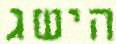
הישג